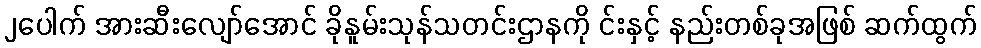
၂ပေါက် အားဆီးလျော်အောင် ခိုနူမ်းသုန်သတင်းဌာနကို င်းနှင့် နည်းတစ်ခုအဖြစ် ဆက်ထွက်